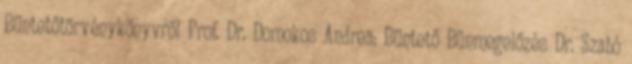
Büntetőtörvénykönyvről Prof. Dr. Domokos Andrea: Büntető Bűnmegelőzés Dr. Szabó